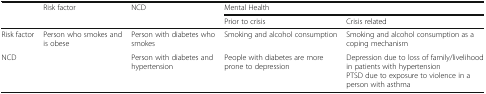
<table><thead><tr><td rowspan="2"></td><td rowspan="2"><b>Risk factor</b></td><td rowspan="2"><b>NCD</b></td><td colspan="2"><b>Mental Health</b></td></tr><tr><td><b>Prior to crisis</b></td><td><b>Crisis related</b></td></tr></thead><tbody><tr><td>Risk factor</td><td>Person who smokes and is obese</td><td>Person with diabetes who smokes</td><td>Smoking and alcohol consumption</td><td>Smoking and alcohol consumption as a coping mechanism</td></tr><tr><td>NCD</td><td></td><td>Person with diabetes and hypertension</td><td>People with diabetes are more prone to depression</td><td>Depression due to loss of family/livelihood in patients with hypertensionPTSD due to exposure to violence in a person with asthma</td></tr></tbody></table>